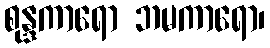
စုန္ဒကာရော ဘမကာရော၊